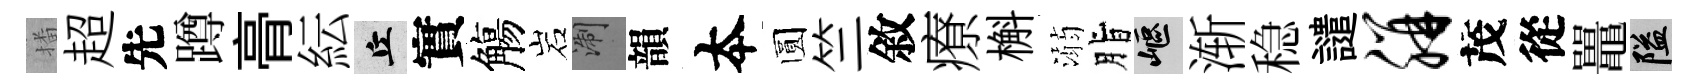
播超先蹲𮌔紜丘實觴岩浙韻夲圆竺敘療槲溺脂嶇渐稳譴胼茂從鼉隘